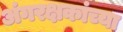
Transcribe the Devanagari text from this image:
अंगरक्षकांच्या